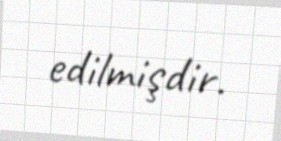
edilmişdir.